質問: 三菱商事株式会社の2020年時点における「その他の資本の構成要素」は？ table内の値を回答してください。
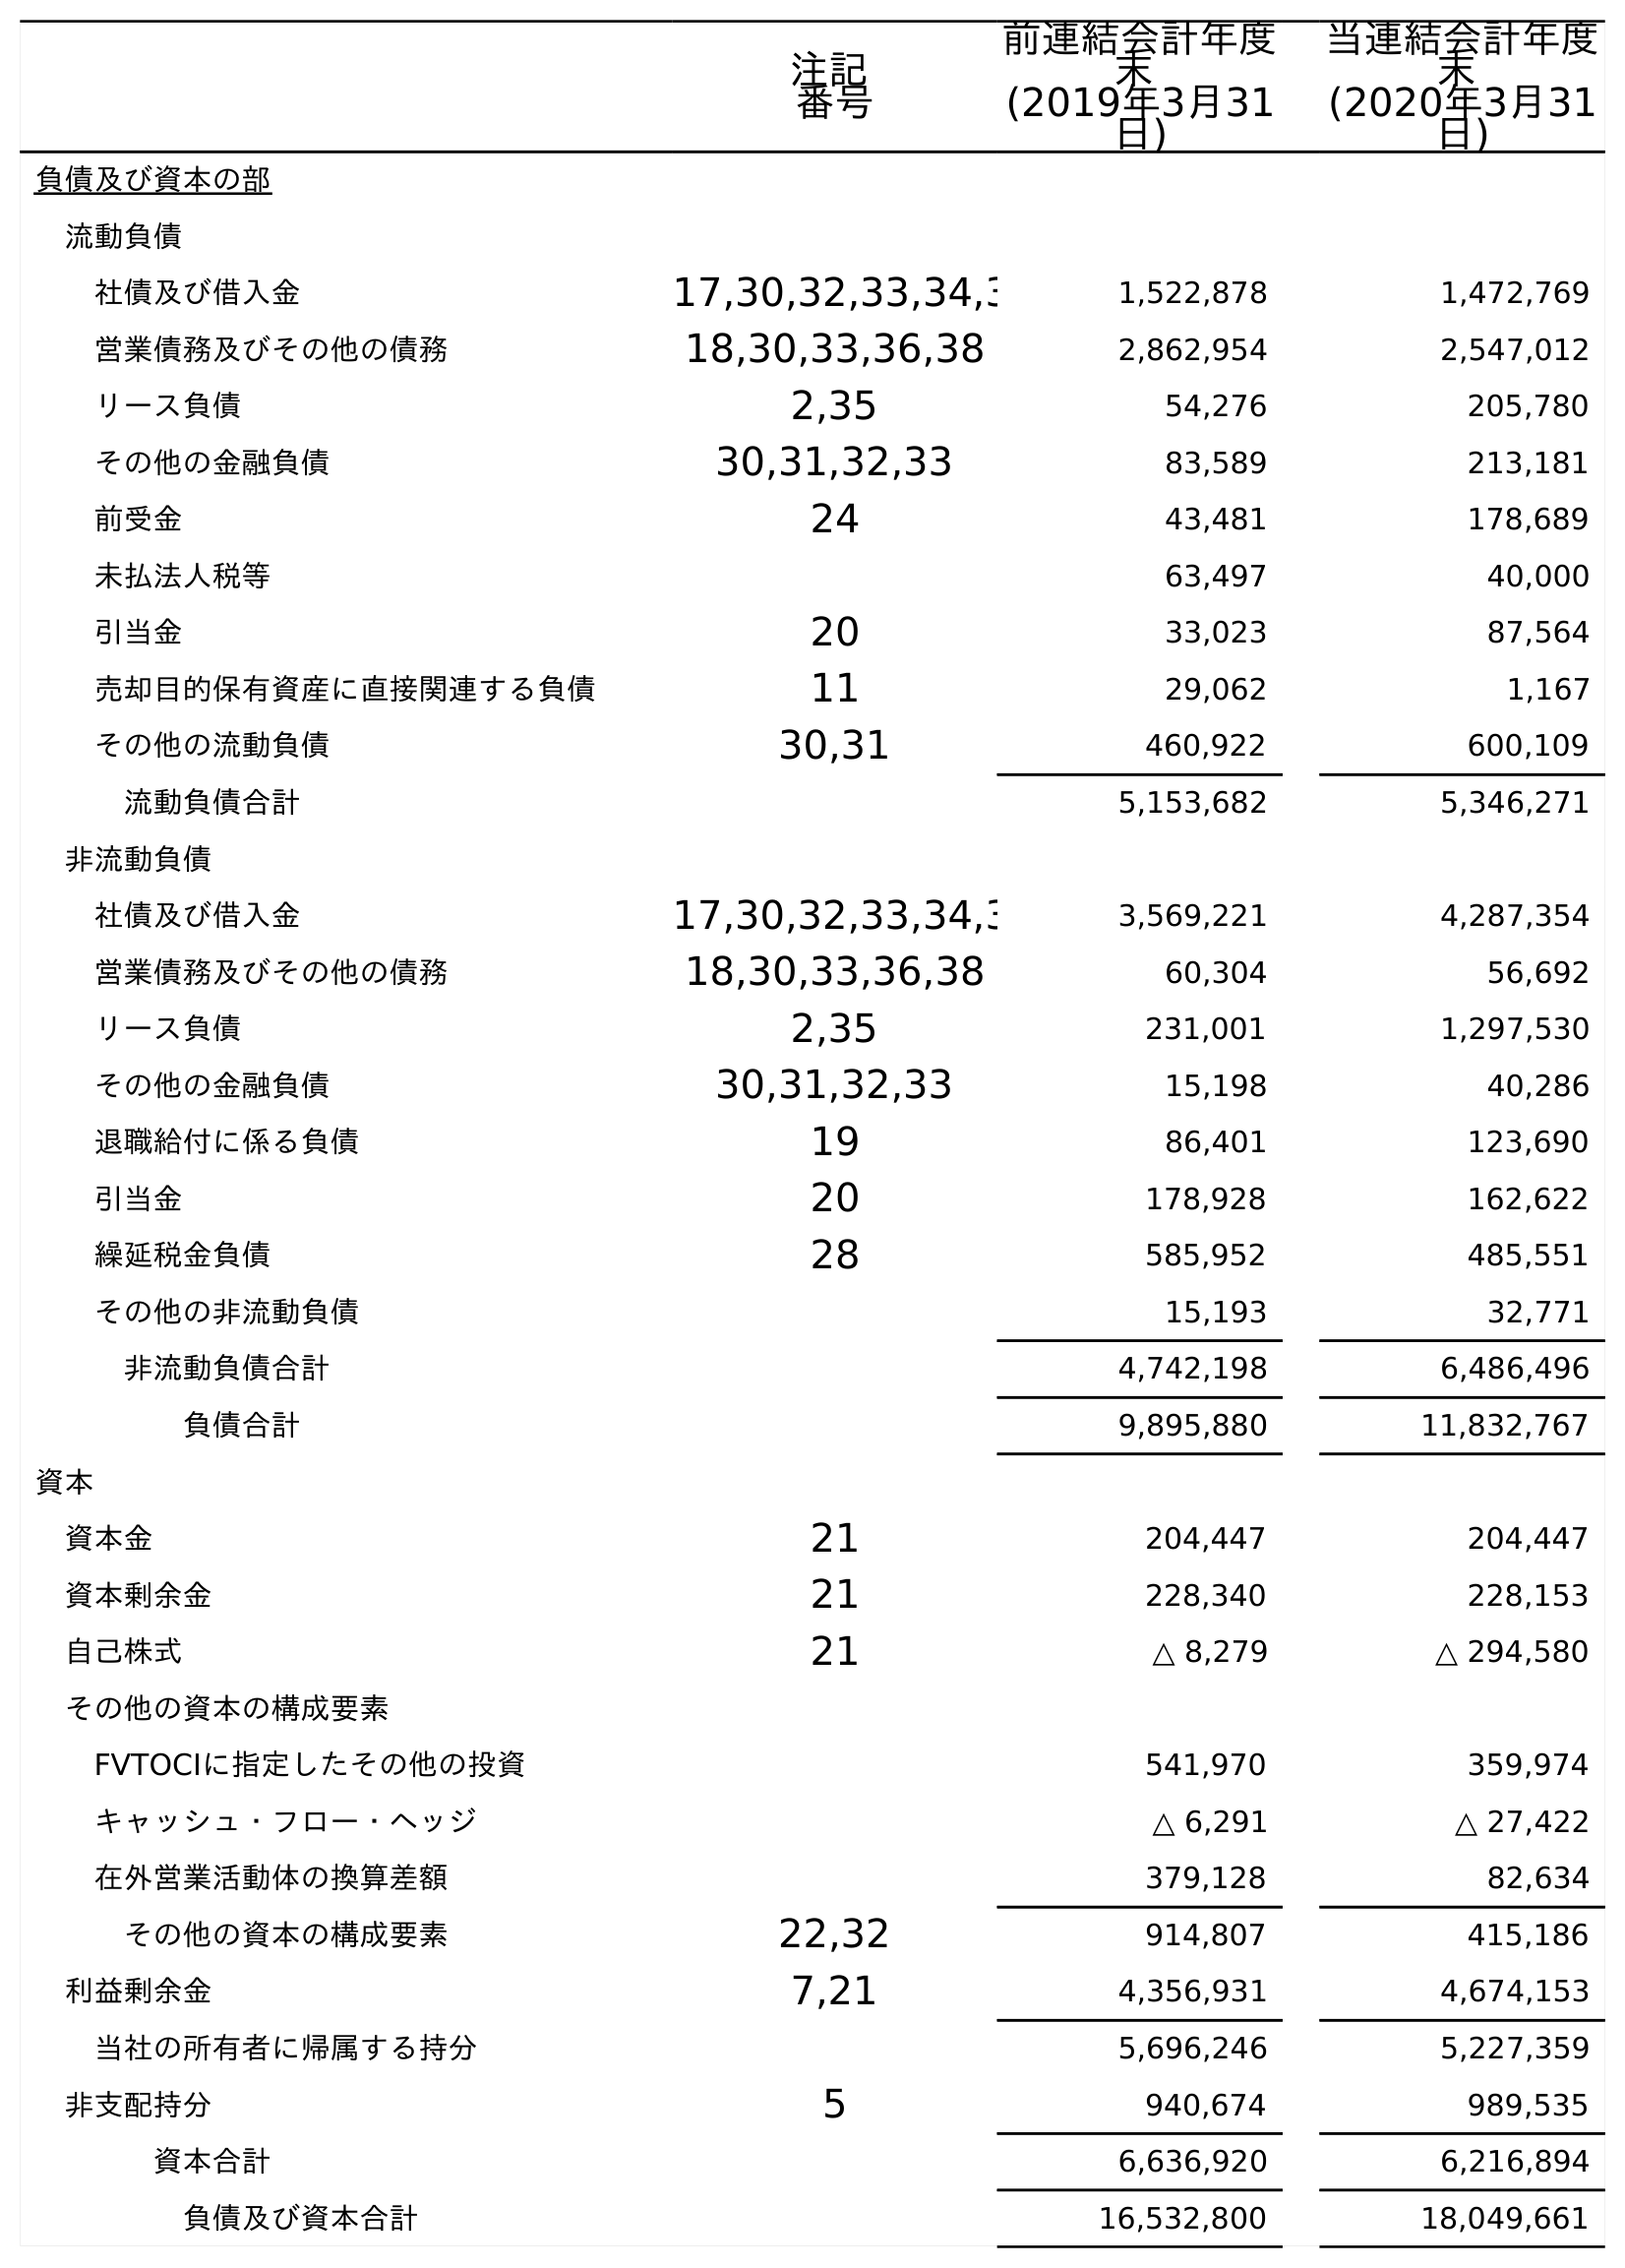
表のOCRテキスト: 注記 番号 前連結会計年度 末 (2019年3月31 日) 当連結会計年度 末 (2020年3月31 日) 負債及び資本の部 流動負債 社債及び借入金 17,30,32,33,34,3 1,522,878 1,472,769 営業債務及びその他の債務 18,30,33,36,38 2,862,954 2,547,012 リース負債 2,35 54,276 205,780 その他の金融負債 30,31,32,33 83,589 213,181 前受金 24 43,481 178,689 未払法人税等 63,497 40,000 引当金 20 33,023 87,564 売却目的保有資産に直接関連する負債 11 29,062 1,167 その他の流動負債 30,31 460,922 600,109 流動負債合計 5,153,682 5,346,271 非流動負債 社債及び借入金 17,30,32,33,34,3 3,569,221 4,287,354 営業債務及びその他の債務 18,30,33,36,38 60,304 56,692 リース負債 2,35 231,001 1,297,530 その他の金融負債 30,31,32,33 15,198 40,286 退職給付に係る負債 19 86,401 123,690 引当金 20 178,928 162,622 繰延税金負債 28 585,952 485,551 その他の非流動負債 15,193 32,771 非流動負債合計 4,742,198 6,486,496 負債合計 9,895,880 11,832,767 資本 資本金 21 204,447 204,447 資本剰余金 21 228,340 228,153 自己株式 21 △ 8,279 △ 294,580 その他の資本の構成要素 FVTOCIに指定したその他の投資 541,970 359,974 キャッシュ・フロー・ヘッジ △ 6,291 △ 27,422 在外営業活動体の換算差額 379,128 82,634 その他の資本の構成要素 22,32 914,807 415,186 利益剰余金 7,21 4,356,931 4,674,153 当社の所有者に帰属する持分 5,696,246 5,227,359 非支配持分 5 940,674 989,535 資本合計 6,636,920 6,216,894 負債及び資本合計 16,532,800 18,049,661
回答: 415,186